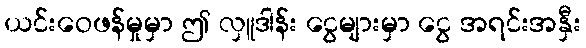
ယင်းဝေဖန်မှုမှာ ဤ လှူဒါန်း ငွေများမှာ ငွေ အရင်းအနှီး